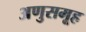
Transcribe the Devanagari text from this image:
अणुसमूह